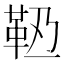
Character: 𩉶